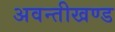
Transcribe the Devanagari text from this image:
अवन्तीखण्ड